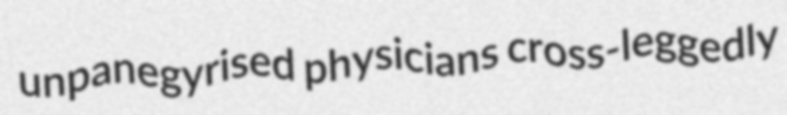
unpanegyrised physicians cross-leggedly